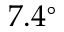
7 . 4 ^ { \circ }